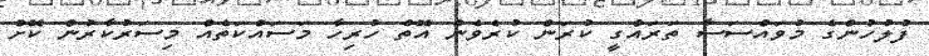
ފުލުހުންގެ މުވައްސަސާ ތަރައްގީ ކުރަން ކުރެވެން އޮތް ހުރިހާ މަސައްކަތެއް މިސަރުކާރުން ކޮށް